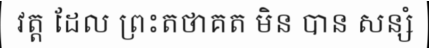
វត្ត ដែល ព្រះតថាគត មិន បាន សន្សំ